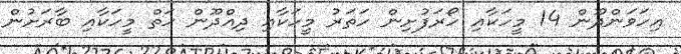
އިހަވަންދޫން 14 މީހަކާއި ހޯރަފުށިން ހަތަރު މީހަކާއި ދިއްދޫން ހަތް މީހަކާއި ބާރަށުން